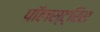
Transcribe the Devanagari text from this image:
पॉलस्ट्रिस